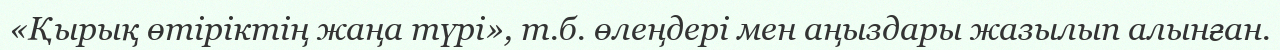
«Қырық өтіріктің жаңа түрі», т.б. өлеңдері мен аңыздары жазылып алынған.